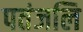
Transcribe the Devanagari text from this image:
पतंजलि